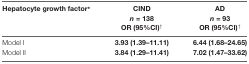
<table><thead><tr><td><b>Hepatocyte growth factor*</b></td><td><b>CIND<i>n</i> = 138OR (95%CI)<sup>†</sup></b></td><td><b>AD<i>n</i> = 93OR (95%CI)<sup>†</sup></b></td></tr></thead><tbody><tr><td>Model I</td><td><b>3.93 (1.39–11.11)</b></td><td><b>6.44 (1.68–24.65)</b></td></tr><tr><td>Model II</td><td><b>3.84 (1.29–11.41)</b></td><td><b>7.02 (1.47–33.62)</b></td></tr></tbody></table>